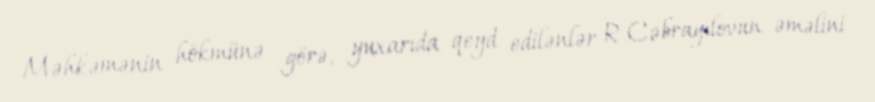
Məhkəmənin hökmünə görə, yuxarıda qeyd edilənlər R.Cəbrayılovun əməlini